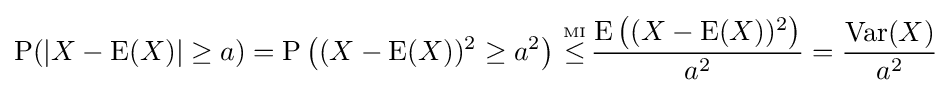
\operatorname {P} (|X-\operatorname {E} (X)|\geq a)=\operatorname {P} \left((X-\operatorname {E} (X))^{2}\geq a^{2}\right)\,{\overset {\underset {\mathrm {MI} }{}}{\leq }}\,{\frac {\operatorname {E} \left((X-\operatorname {E} (X))^{2}\right)}{a^{2}}}={\frac {\operatorname {Var} (X)}{a^{2}}}